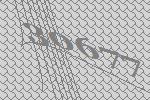
30677